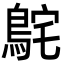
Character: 𮬸